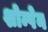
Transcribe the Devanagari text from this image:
शोम्पेन